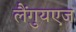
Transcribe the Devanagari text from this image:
लैंगुयएज